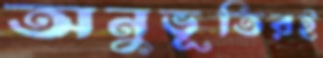
অনুভূতিরই